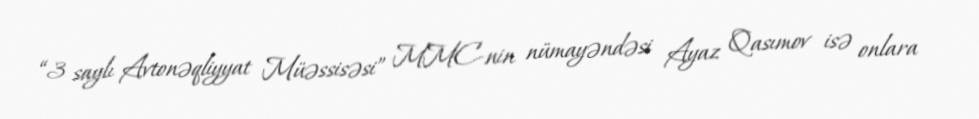
“3 saylı Avtonəqliyyat Müəssisəsi” MMC-nin nümayəndəsi Ayaz Qasımov isə onlara